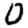
Digit: 0